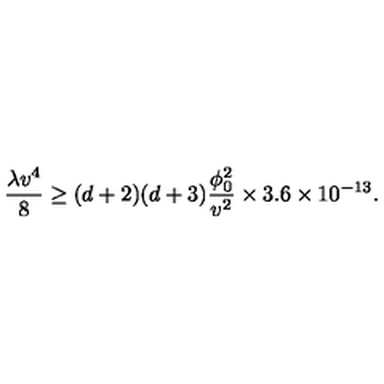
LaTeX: { \frac { \lambda v ^ { 4 } } { 8 } } \ge ( d + 2 ) ( d + 3 ) { \frac { \phi _ { 0 } ^ { 2 } } { v ^ { 2 } } } \times 3 . 6 \times 1 0 ^ { - 1 3 } .